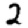
Digit: 2